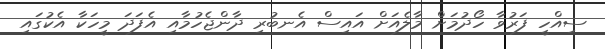
ސިއްހީ ފަރުވާ ހޯދުމަށް މާލެއަށް އައިސް އެނބުރި ދާންޖެހުމާއި އެފަދަ މީހަކާ އެކުގައި